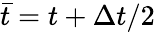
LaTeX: \bar{t}=t+\Delta t/2